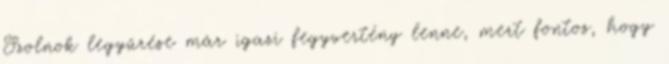
Szolnok legyűrése már igazi fegyvertény lenne, mert fontos, hogy